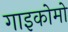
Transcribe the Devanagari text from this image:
गाइकोमो